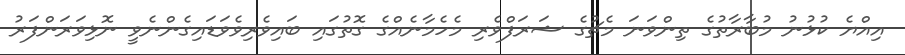
އިއްޔެ ކުޅުނު މުބާރާތުގެ ތިންވަނަ މެޗުގެ ޝަރަފްވެރި މެހެމާނެއްގެ ގޮތުގައި ބައިވެރިވެވަޑައިގެންނެވީ ނޮޅިވަރަންފަރު